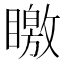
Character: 䁶